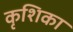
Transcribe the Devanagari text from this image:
कृशिका